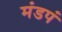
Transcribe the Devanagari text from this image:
मंडपं